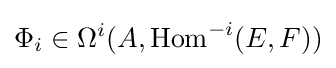
\Phi _{i}\in \Omega ^{i}(A,\mathrm {Hom} ^{-i}(E,F))